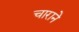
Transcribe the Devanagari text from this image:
चाराने